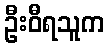
ဦးဝီရသူက